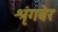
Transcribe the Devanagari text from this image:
श्रृंगबेर